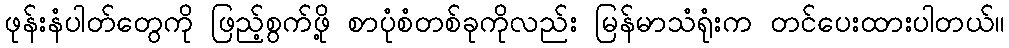
ဖုန်းနံပါတ်တွေကို ဖြည့်စွက်ဖို့ စာပုံစံတစ်ခုကိုလည်း မြန်မာသံရုံးက တင်ပေးထားပါတယ်။